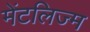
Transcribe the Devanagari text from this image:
मेंटलिज्म